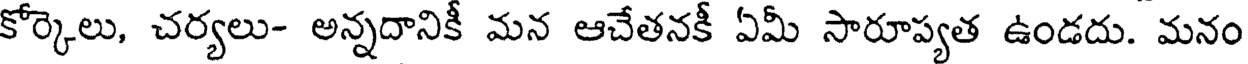
కోర్కెలు, చర్యలు- అన్నదానికీ మన ఆచేతనకీ ఏమీ సారూప్యత ఉండదు. మనం